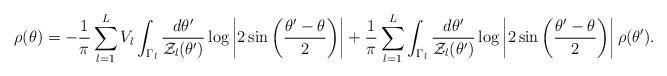
LaTeX: \begin{align*}\rho (\theta ) = - {1\over \pi } \sum_{l=1}^L V_l\int_{\Gamma_l} {d \theta' \over {\cal Z}_l (\theta') } \log \left | 2 \sin \left({\theta' - \theta \over 2}\right)\right |+ {1\over \pi } \sum_{l=1}^L \int_{\Gamma_l} { d\theta'\over{\cal Z}_l (\theta') }\log \left | 2 \sin \left({\theta' - \theta \over 2}\right)\right | \rho (\theta ') .\end{align*}